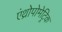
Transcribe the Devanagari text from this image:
एंथ्रोपोमेट्रिक